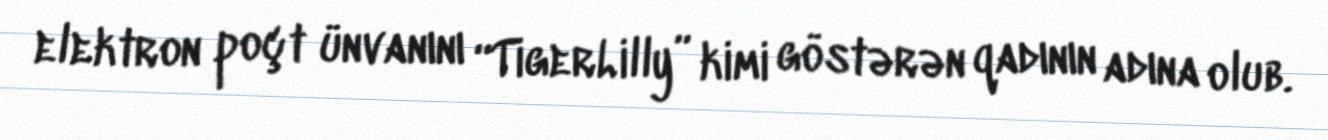
elektron poçt ünvanını “TigerLilly” kimi göstərən qadının adına olub.